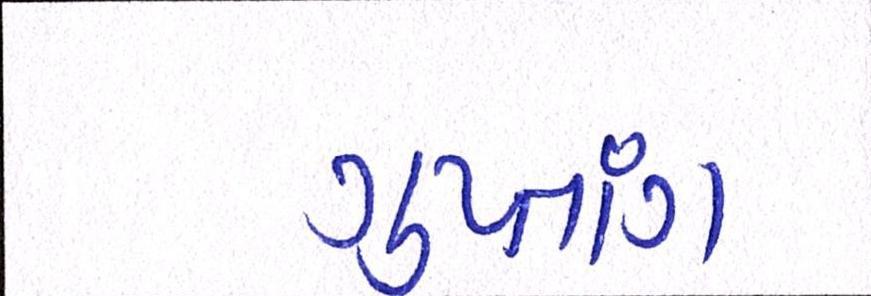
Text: ગુપ્તાંગ